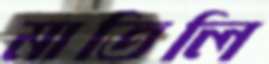
মাতিলি